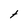
Character: t